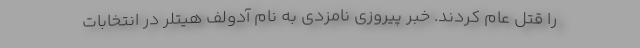
را قتل عام کردند. خبر پیروزی نامزدی به نام آدولف هیتلر در انتخابات